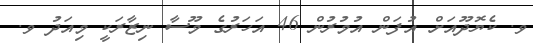
ވ. ކެޔޮދޫއަށް އުފަން އުމުރުން 46 އަހަރުގެ މޫސާ ނިޒާރަކީ މިއަދު ވ.